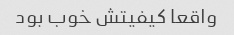
واقعا کیفیتش خوب بود